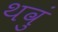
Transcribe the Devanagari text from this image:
थवुं